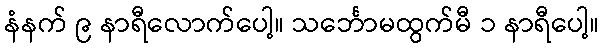
နံနက် ၉ နာရီလောက်ပေါ့။ သင်္ဘောမထွက်မီ ၁ နာရီပေါ့။